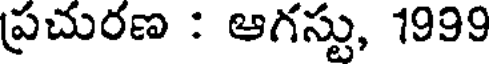
ప్రచురణ : ఆగస్టు, 1999